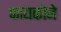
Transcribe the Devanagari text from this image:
फायकोने